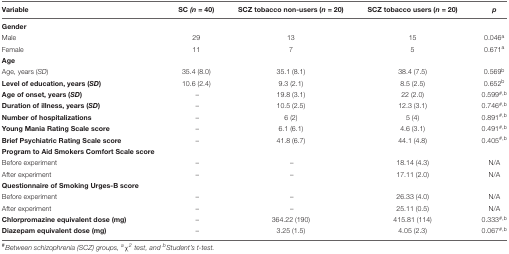
| Variable | SC (n = 40) | SCZ tobacco non-users (n = 20) | SCZ tobacco users (n = 20) | p |
 | --- | --- | --- | --- | --- |
 | Gender |  |  |  |  |
 | Male | 29 | 13 | 15 | 0.046a |
 | Female | 11 | 7 | 5 | 0.671a |
 | Age |  |  |  |  |
 | Age, years (SD) | 35.4 (8.0) | 35.1 (8.1) | 38.4 (7.5) | 0.569b |
 | Level of education, years (SD) | 10.6 (2.4) | 9.3 (2.1) | 8.5 (2.5) | 0.652b |
 | Age of onset, years (SD) | – | 19.8 (3.1) | 22 (2.0) | 0.599#,b |
 | Duration of illness, years (SD) | – | 10.5 (2.5) | 12.3 (3.1) | 0.746#,b |
 | Number of hospitalizations | – | 6 (2) | 5 (4) | 0.891#,b |
 | Young Mania Rating Scale score | – | 6.1 (6.1) | 4.6 (3.1) | 0.491#,b |
 | Brief Psychiatric Rating Scale score | – | 41.8 (6.7) | 44.1 (4.8) | 0.405#,b |
 | Program to Aid Smokers Comfort Scale score |  |  |  |  |
 | Before experiment | – | – | 18.14 (4.3) | N/A |
 | After experiment | – | – | 17.11 (2.0) | N/A |
 | Questionnaire of Smoking Urges-B score |  |  |  |  |
 | Before experiment | – | – | 26.33 (4.0) | N/A |
 | After experiment | – | – | 25.11 (0.5) | N/A |
 | Chlorpromazine equivalent dose (mg) | – | 364.22 (190) | 415.81 (114) | 0.333#,b |
 | Diazepam equivalent dose (mg) | – | 3.25 (1.5) | 4.05 (2.3) | 0.067#,b |